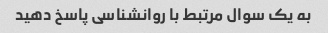
به یک سوال مرتبط با روانشناسی پاسخ دهید